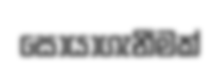
සොයාගැනීමක්